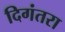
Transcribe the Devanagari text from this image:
दिगंतरा